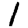
Digit: 1